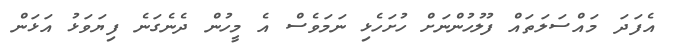
އެފަދަ މައްސަލަތައް ފުލުހުންނަށް ހުށަހެޅި ނަމަވެސް އެ މީހުން ދެނެގަނެ ފިޔަވަޅު އަޅަން